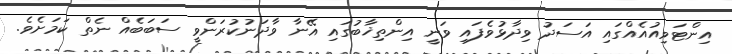
އިންޓަވިއުއެއްގައި އަސަދު ވިދާޅުވެފައި ވަނީ އިންތިޚާބުގައި އޭނާ ވާދަނުކުރަންވީ ސަބަބެއް ނެތް ކަމަށެވެ.